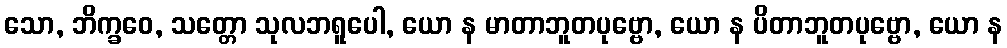
သော, ဘိက္ခဝေ, သတ္တော သုလဘရူပေါ, ယော န မာတာဘူတပုဗ္ဗော, ယော န ပိတာဘူတပုဗ္ဗော, ယော န